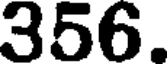
356.